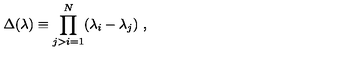
\Delta ( \lambda ) \equiv \prod _ { j > i = 1 } ^ { N } ( \lambda _ { i } - \lambda _ { j } ) \ ,